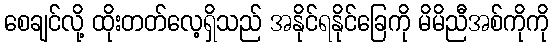
စေချင်လို့ ထိုးတတ်လေ့ရှိသည် အနိုင်ရနိုင်ခြေကို မိမိညီအစ်ကိုကို